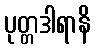
ပုတ္တဒါရာနိ